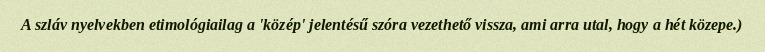
A szláv nyelvekben etimológiailag a 'közép' jelentésű szóra vezethető vissza, ami arra utal, hogy a hét közepe.)